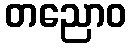
တညောဝ